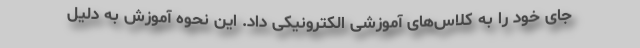
جای خود را به کلاس‌های آموزشی الکترونیکی داد. این نحوه آموزش به دلیل